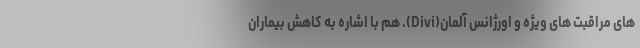
های مراقبت های ویژه و اورژانس آلمان(Divi). هم با اشاره به کاهش بیماران